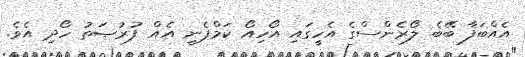
އެއްބަފާ ބޭބެ ލޯރެންސްގެ އެހީގައި އޯހިއޯ ކަމްޕެނީ އެއް ފުރުޞަތު ހޯދި އެވެ.